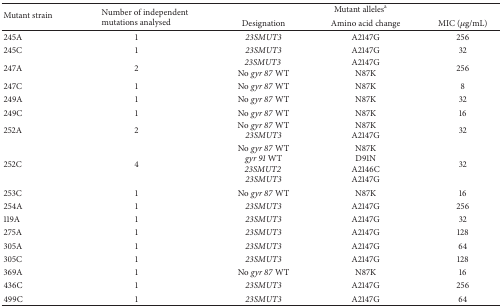
<table><thead><tr><td rowspan="2"><b>Mutant strain</b></td><td rowspan="2"><b>Number of independentmutations analysed</b></td><td colspan="3"><b>Mutant alleles<sup>a</sup></b></td></tr><tr><td><b>Designation</b></td><td><b>Amino acid change</b></td><td><b>MIC (<i>μ</i>g/mL)</b></td></tr></thead><tbody><tr><td>245A</td><td>1</td><td><i>23SMUT3 </i></td><td>A2147G</td><td> 256</td></tr><tr><td>245C</td><td>1</td><td><i>23SMUT3 </i></td><td>A2147G</td><td> 32</td></tr><tr><td>247A</td><td>2</td><td><i>23SMUT3</i> No <i>gyr 87</i> WT</td><td>A2147GN87K</td><td> 256 </td></tr><tr><td>247C</td><td>1</td><td>No <i>gyr 87</i> WT </td><td>N87K</td><td> 8</td></tr><tr><td>249A</td><td>1</td><td>No <i>gyr 87</i> WT </td><td>N87K</td><td> 32</td></tr><tr><td>249C</td><td>1</td><td>No <i>gyr 87</i> WT </td><td>N87K</td><td> 16</td></tr><tr><td>252A</td><td>2</td><td>No <i>gyr 87 </i>WT<i>23SMUT3 </i></td><td>N87KA2147G</td><td> 32</td></tr><tr><td>252C</td><td>4</td><td>No <i>gyr 87</i> WT <i>gyr 91</i> WT<i> 23SMUT2</i> <i>23SMUT3 </i></td><td>N87KD91NA2146CA2147G</td><td> 32</td></tr><tr><td>253C</td><td>1</td><td>No <i>gyr 87</i> WT </td><td>N87K</td><td> 16</td></tr><tr><td>254A</td><td>1</td><td><i>23SMUT3 </i></td><td>A2147G</td><td> 256</td></tr><tr><td>119A</td><td>1</td><td><i>23SMUT3 </i></td><td>A2147G</td><td> 32</td></tr><tr><td>275A</td><td>1</td><td><i>23SMUT3 </i></td><td>A2147G</td><td> 128</td></tr><tr><td>305A</td><td>1</td><td><i>23SMUT3 </i></td><td>A2147G</td><td> 64</td></tr><tr><td>305C</td><td>1</td><td><i>23SMUT3 </i></td><td>A2147G</td><td> 128</td></tr><tr><td>369A</td><td>1</td><td>No <i>gyr 87</i> WT </td><td>N87K</td><td> 16</td></tr><tr><td>436C</td><td>1</td><td><i>23SMUT3 </i></td><td>A2147G</td><td> 256</td></tr><tr><td>499C</td><td>1</td><td><i>23SMUT3 </i></td><td>A2147G</td><td> 64</td></tr></tbody></table>